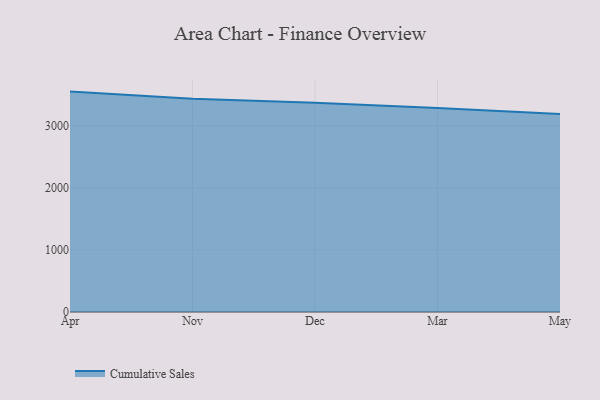
{"axis": {"x": "Month", "y": "Backlog"}, "legend": ["Cumulative Sales"], "data": [{"x": "Apr", "y": 3545.4, "type": "Cumulative Sales"}, {"x": "Nov", "y": 3430.9, "type": "Cumulative Sales"}, {"x": "Dec", "y": 3366.3, "type": "Cumulative Sales"}, {"x": "Mar", "y": 3282.9, "type": "Cumulative Sales"}, {"x": "May", "y": 3185.8, "type": "Cumulative Sales"}]}